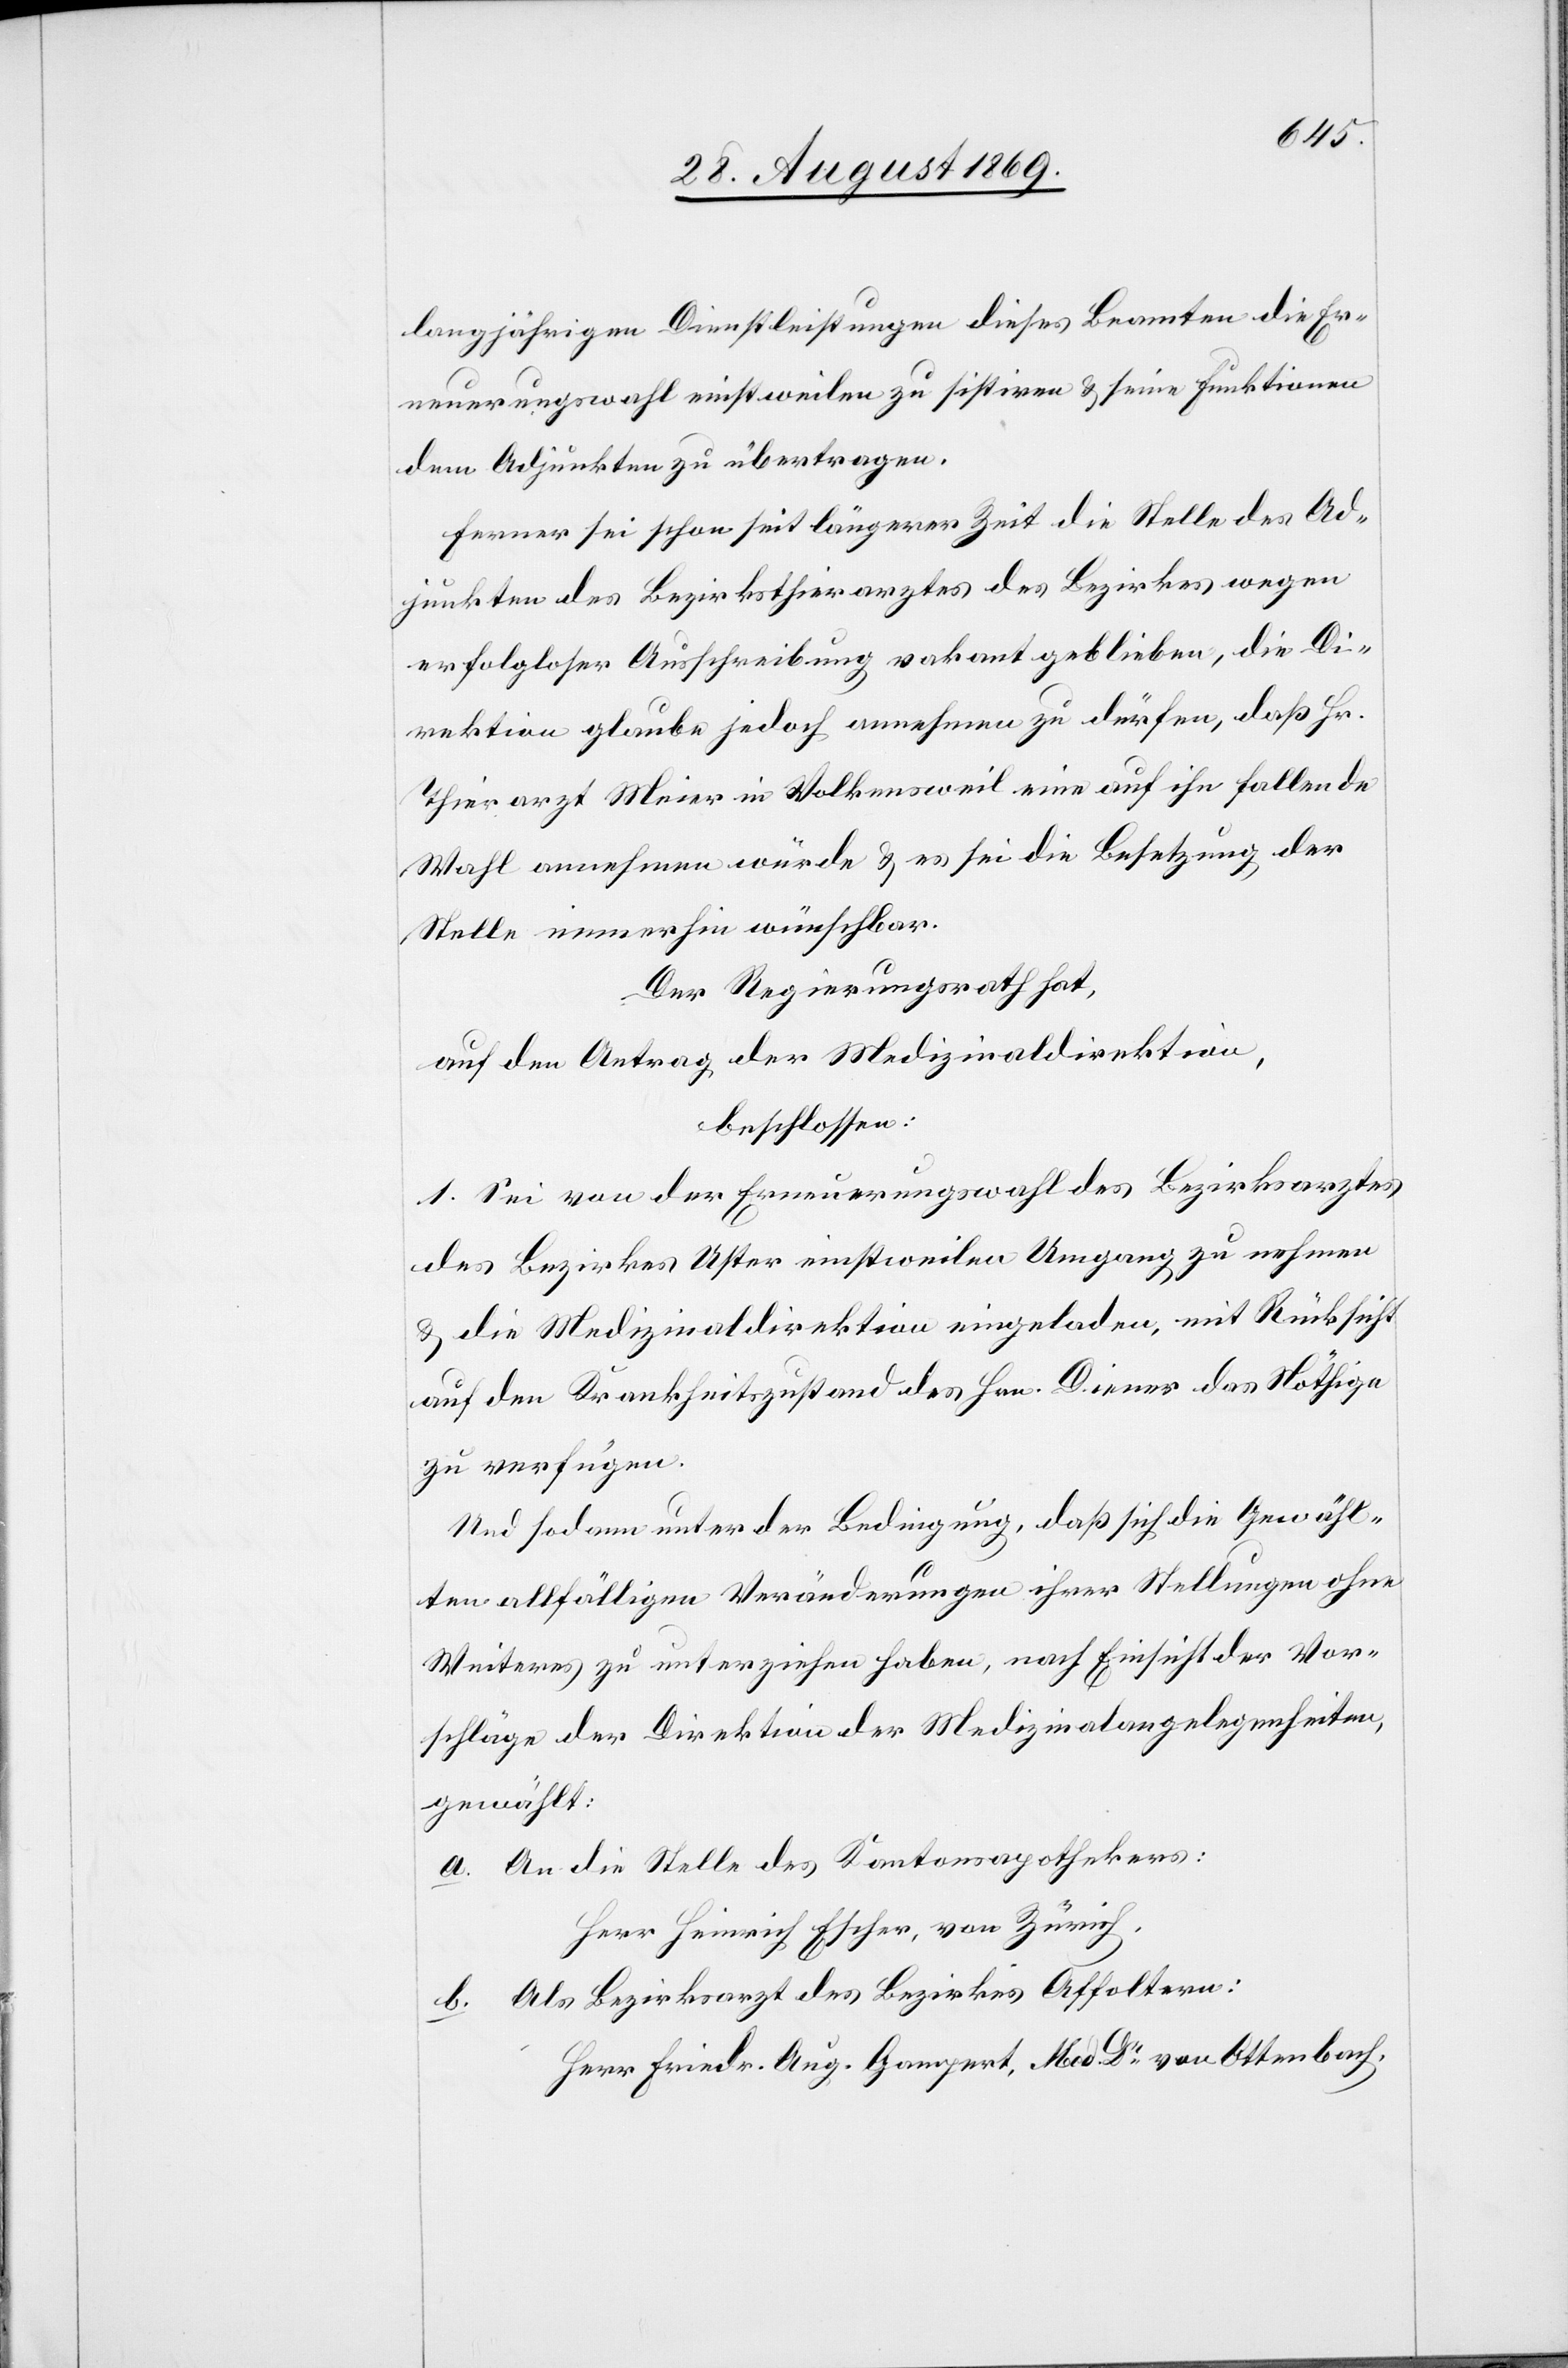
langjährigen Dienstleistungen dieses Beamten die Er¬
neuerungswahl einstweilen zu sistiren & seine Funktionen
dem Adjunkten zu übertragen.
Ferner sei schon seit längerer Zeit die Stelle des Ad¬
junkten des Bezirksthierarztes des Bezirkes [sic!] wegen
erfolgloser Ausschreibung vakant geblieben, die Di¬
rektion glaube jedoch annehmen zu dürfen, daß Hr.
Thierarzt Meier in Volkensweil eine auf ihn fallende
Wahl annehmen würde & es sei die Besetzung der
Stelle immerhin wünschbar.
Der Regierungsrath hat,
auf den Antrag der Medizinaldirektion,
beschlossen:
1. Sei von der Erneuerungswahl des Bezirksarztes
des Bezirkes Uster einstweilen Umgang zu nehmen
& die Medizinaldirektion eingeladen, mit Rücksicht
auf den Krankheitszustand des Hrn. Diener das Nöthige
zu verfügen.
Und sodann unter der Bedingung, daß sich die Gewähl¬
ten allfälligen Veränderungen ihrer Stellungen ohne
Weiteres zu unterziehen haben, nach Einsicht der Vor¬
schläge der Direktion der Medizinalangelegenheiten,
gewählt:
a. An die Stelle des Kantonsapothekers:
Herr Heinrich Escher, von Zürich,
b. Als Bezirksarzt des Bezirkes Affoltern:
Herr Friedr. Aug. Gampert, Med Dr von Ottenbach,